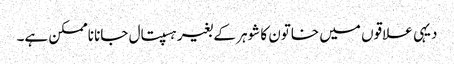
دیہی علاقوں میں خاتون کا شوہر کے بغیر ہسپتال جانا ناممکن ہے۔